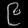
Digit: ၉